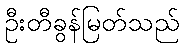
ဦးတီခွန်မြတ်သည်